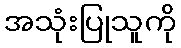
အသုံးပြုသူကို